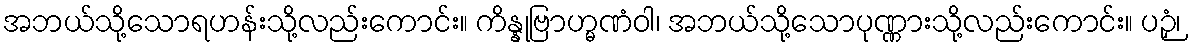
အဘယ်သို့သောရဟန်းသို့လည်းကောင်း။ ကိန္နုဗြာဟ္မဏံဝါ၊ အဘယ်သို့သောပုဏ္ဏားသို့လည်းကောင်း။ ပဉှံ၊